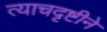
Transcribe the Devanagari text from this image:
त्याचदृष्टीने